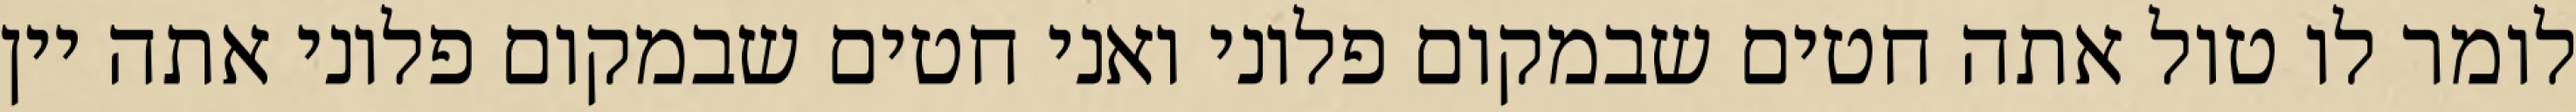
לומר לו טול אתה חטים שבמקום פלוני ואני חטים שבמקום פלוני אתה יין